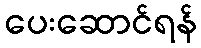
ပေးဆောင်ရန်